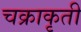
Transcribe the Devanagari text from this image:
चक्राकृती